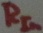
Text: RIn